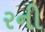
રની